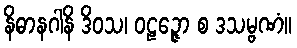
နိဓာနဂါနိ ဒိဝသ၊ ဝဠဉ္ဇော စ ဒသမ္ဗဏံ။